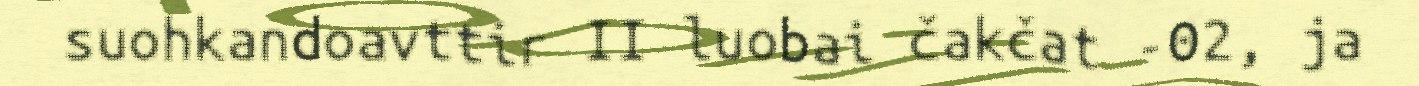
suohkandoavttir II luobai čakčat -02, ja